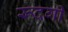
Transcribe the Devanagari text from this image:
रूदगी